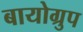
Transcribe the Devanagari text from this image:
बायोग्रुप